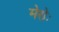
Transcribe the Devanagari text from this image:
मेरोः